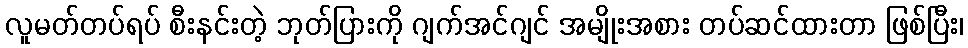
လူမတ်တပ်ရပ် စီးနင်းတဲ့ ဘုတ်ပြားကို ဂျက်အင်ဂျင် အမျိုးအစား တပ်ဆင်ထားတာ ဖြစ်ပြီး၊